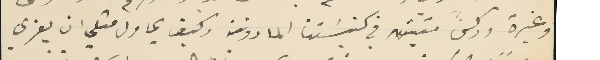
وغيرة وركنًا متين في كنيسَتنا المارونية وكيف يحاول مثلي ان يعزي